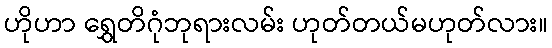
ဟိုဟာ ရွှေတိဂုံဘုရားလမ်း ဟုတ်တယ်မဟုတ်လား။